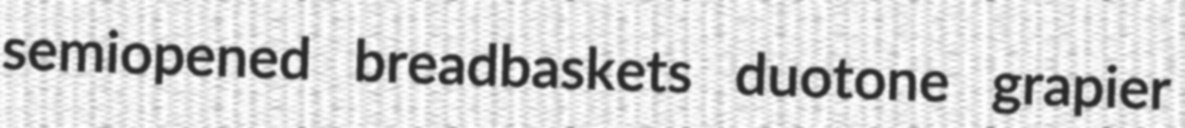
semiopened breadbaskets duotone grapier